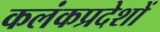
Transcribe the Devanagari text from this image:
कलंकप्रदेशों